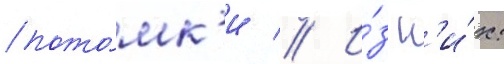
пото́мк'и // И́з н'и́х: